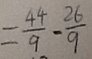
= \frac { 4 4 } { 9 } - \frac { 2 6 } { 9 }